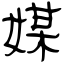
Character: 媒